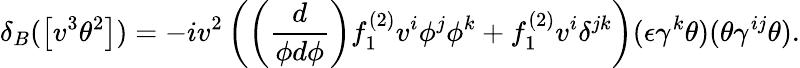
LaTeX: \delta_{B}(\left[v^{3}\theta^{2}\right])=-iv^{2}\left(\left(\frac{d}{\phi d\phi}\right)f_{1}^{(2)}v^{i}\phi^{j}\phi^{k}+f_{1}^{(2)}v^{i}\delta^{jk}\right)(\epsilon\gamma^{k}\theta)(\theta\gamma^{ij}\theta).